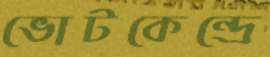
ভোটকেন্দ্রে